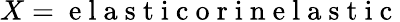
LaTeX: X=\mathrm{~e~l~a~s~t~i~c~o~r~i~n~e~l~a~s~t~i~c~}